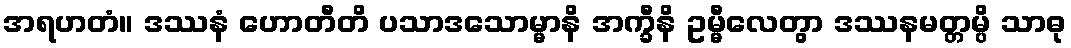
အရဟတံ။ ဒဿနံ ဟောတီတိ ပသာဒသောမ္မာနိ အက္ခီနိ ဥမ္မီလေတွာ ဒဿနမတ္တမ္ပိ သာဓု